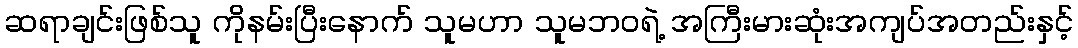
ဆရာချင်းဖြစ်သူ ကိုနမ်းပြီးနောက် သူမဟာ သူမဘဝရဲ့ အကြီးမားဆုံးအကျပ်အတည်းနှင့်